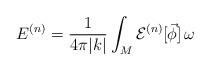
LaTeX: \begin{align*} E^{(n)} = \frac{1}{4\pi |k|}\int_{M} {\cal E}^{(n)}[\vec\phi]\, \omega\end{align*}